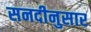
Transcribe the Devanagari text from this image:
सनदीनुसार